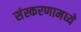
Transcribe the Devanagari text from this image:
संस्करणामध्ये